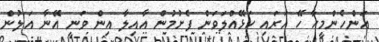
އަންހެންމީހާ ހޭ އަރައި ހަޅޭއްލަވަން ފެށުމުން އާއިލާ އިން ވަނީ އޭނާ އަލުން